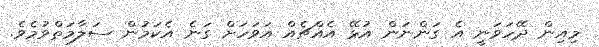
މިއިން ދޭހަވަނީ އެ ގަންނަން އުޅޭ އެއްޗެއް އަވަހަށް ގަނެ އެކަމުން ސަލާމަތްވުމެވެ.